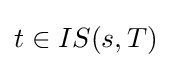
t\in IS(s,T)